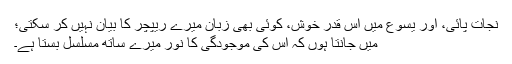
نجات پائی، اور یسوع میں اِس قدر خوش، کوئی بھی زبان میرے ریپچر کا بیان نہیں کر سکتی؛
میں جانتا ہوں کہ اُس کی موجودگی کا نور میرے ساتھ مسلسل بستا ہے۔